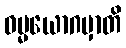
ဓမ္မယောဂမှာတိ